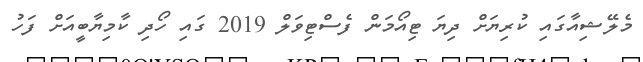
މެލޭޝިއާގައި ކުރިޔަށް ދިޔަ ޓިއޯމަން ފެސްޓިވަލް 2019 ގައި ހޯދި ކާމިޔާބީއަށް ފަހު